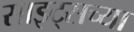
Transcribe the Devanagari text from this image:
साइट्‌सच्या